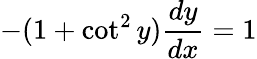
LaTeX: -(1+\cot^{2}y){\frac{dy}{dx}}=1